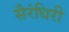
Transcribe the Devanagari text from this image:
सैरंधिरी